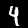
Label: 4